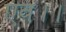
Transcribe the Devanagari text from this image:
एव।।